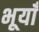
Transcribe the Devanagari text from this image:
भूयाँ